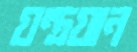
যন্ত্রযান